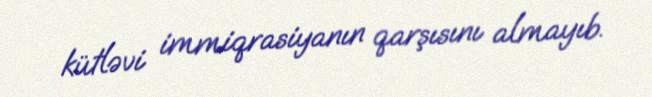
kütləvi immiqrasiyanın qarşısını almayıb.